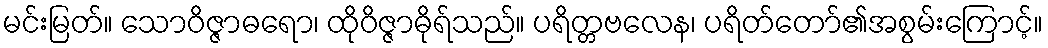
မင်းမြတ်။ သောဝိဇ္ဇာဓရော၊ ထိုဝိဇ္ဇာဓိုရ်သည်။ ပရိတ္တဗလေန၊ ပရိတ်တော်၏အစွမ်းကြောင့်။